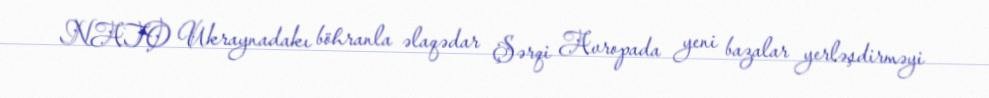
NATO Ukraynadakı böhranla əlaqədar Şərqi Avropada yeni bazalar yerləşdirməyi